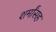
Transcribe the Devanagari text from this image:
शर्मांसह